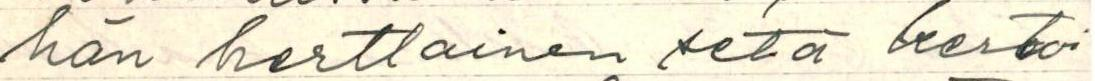
hän herttainen setä kertoi